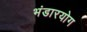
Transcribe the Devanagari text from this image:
भंडारयोग